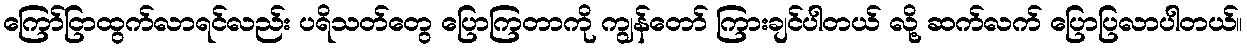
ကြော်ငြာထွက်လာရင်လည်း ပရိသတ်တွေ ပြောကြတာကို ကျွန်တော် ကြားချင်ပါတယ် လို့ ဆက်လက် ပြောပြလာပါတယ်။